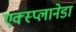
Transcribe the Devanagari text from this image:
एक्स्प्लानेडा